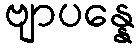
ဗျာပန္နေ